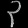
Digit: ၃